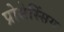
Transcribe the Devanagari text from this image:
प्रोसेस्सिंग